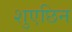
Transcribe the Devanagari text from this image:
शुएछिन